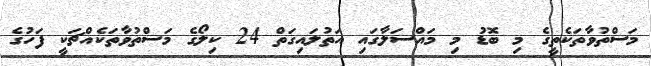
މަސްތުވާތަކެތީގެ މި ބޮޑު މި މައްސަލާގައި އަތުލައިގަތް 24 ކިލޯގެ މަސްތުވާތަކެއްޗަކީ ފަހުގެ